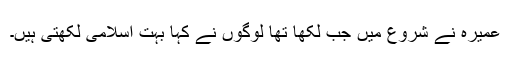
عمیرہ نے شروع میں جب لکھا تھا لوگوں نے کہا بہت اسلامی لکھتی ہیں۔